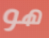
هو